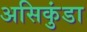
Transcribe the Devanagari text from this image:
असिकुंडा